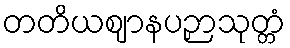
တတိယဈာနပဉှာသုတ္တံ